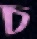
চ